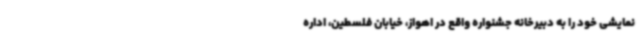
نمایشی خود را به دبیرخانه جشنواره واقع در اهواز، خیابان فلسطین، اداره